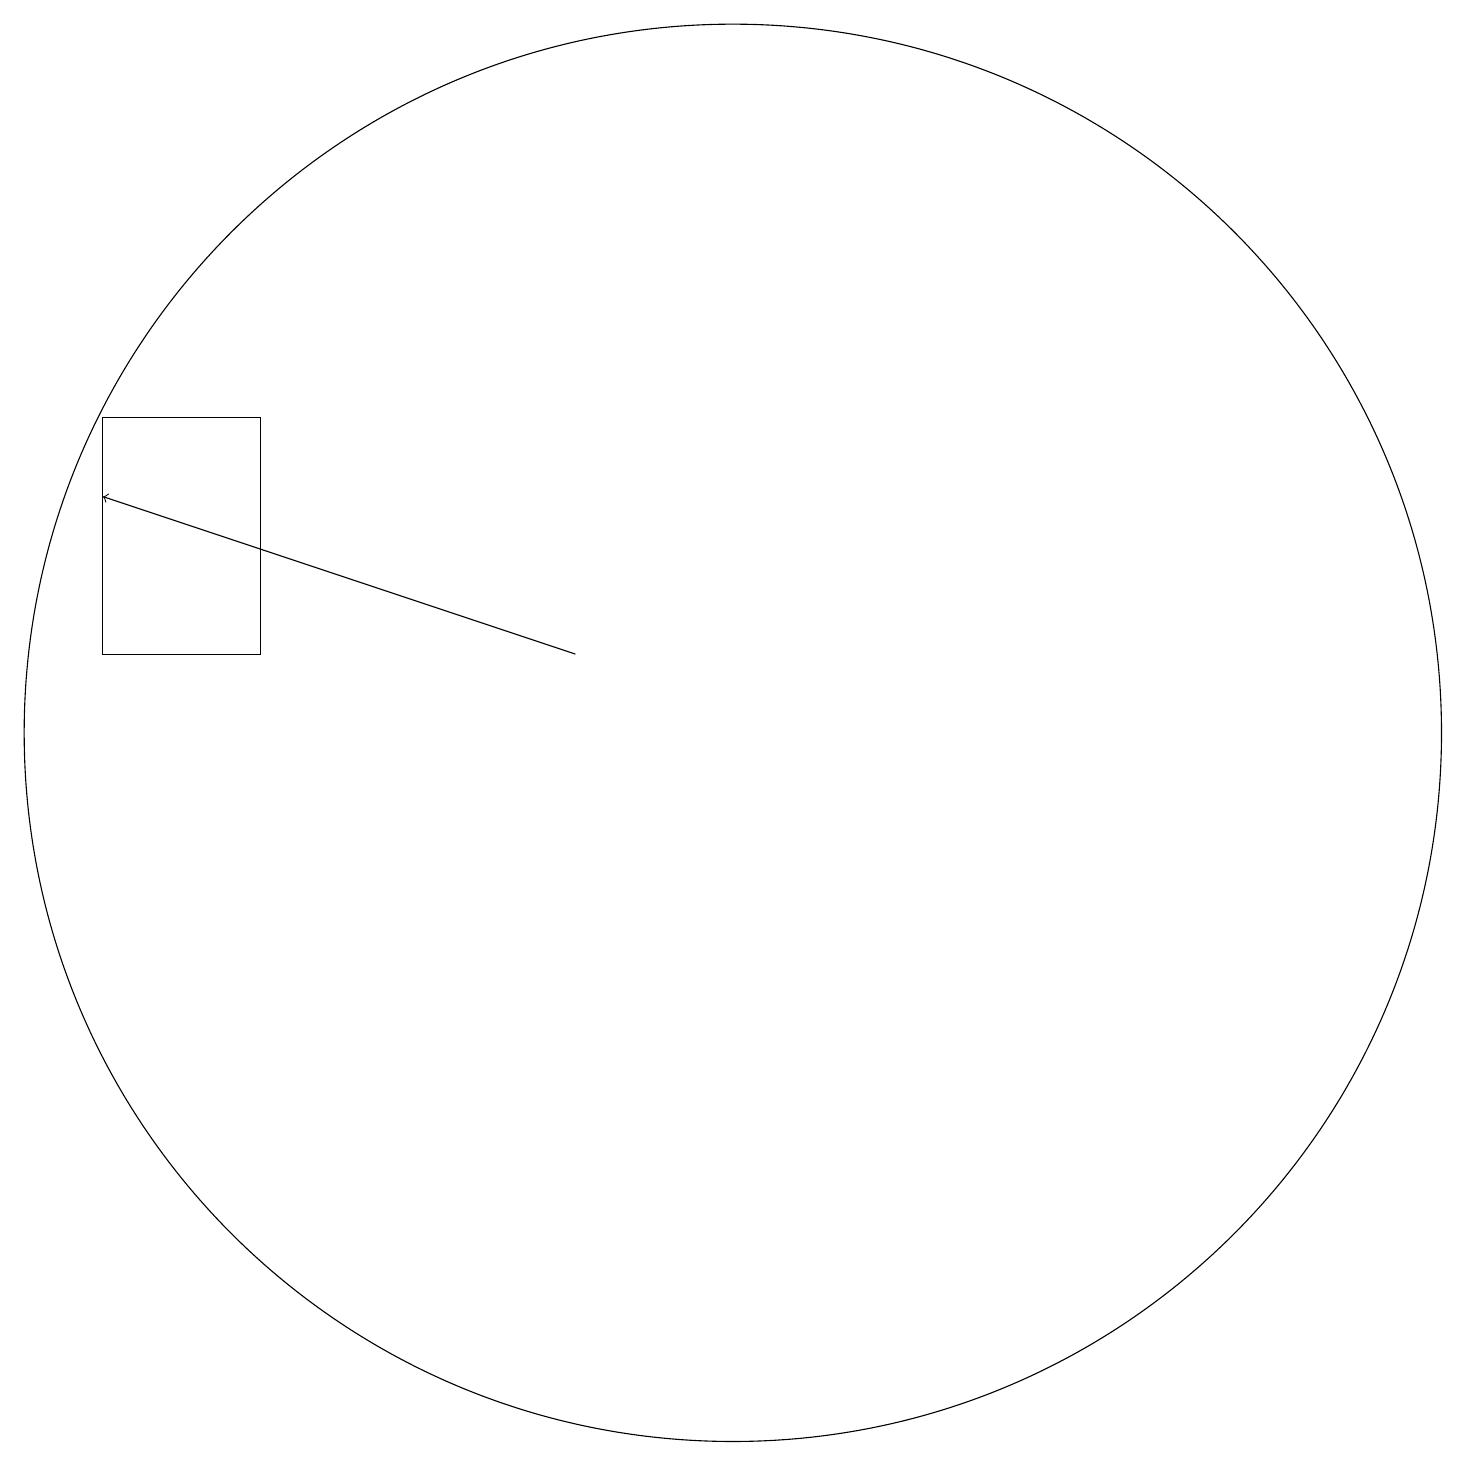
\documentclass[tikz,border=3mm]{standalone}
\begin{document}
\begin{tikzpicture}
\draw (11,10) circle (9);
\draw (3,11) rectangle (5,14);
\draw[->] (9,11) -- (3,13);
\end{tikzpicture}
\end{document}